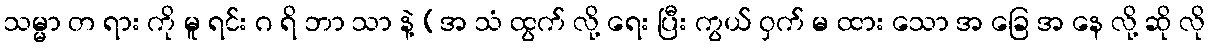
သမ္မာ တ ရား ကို မူ ရင်း ဂ ရိ ဘာ သာ နဲ့ (အ သံ ထွက် လို့ ရေး ပြီး ကွယ် ဝှက် မ ထား သော အ ခြေ အ နေ လို့ ဆို လို